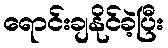
ရောင်းချနိုင်ခဲ့ပြီး